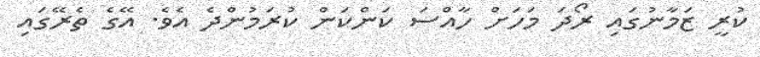
ކުރީ ޒަމާނުގައި ރޯދަ މަހަށް ހާއްސަ ކަންކަން ކުރަމުންދެ އެވެ. އޭގެ ތެރޭގައި